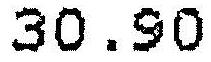
30.90